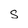
Character: s